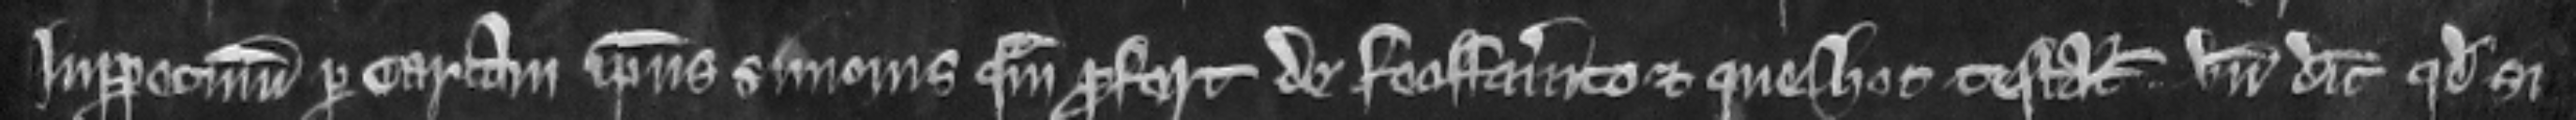
inperpetuum per cartam ipsius Simonis quam profert de feoffamento et que hoc testatur unde dicit quod si